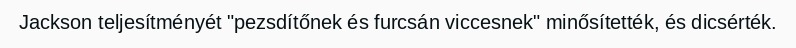
Jackson teljesítményét "pezsdítőnek és furcsán viccesnek" minősítették, és dicsérték.